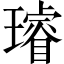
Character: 璿